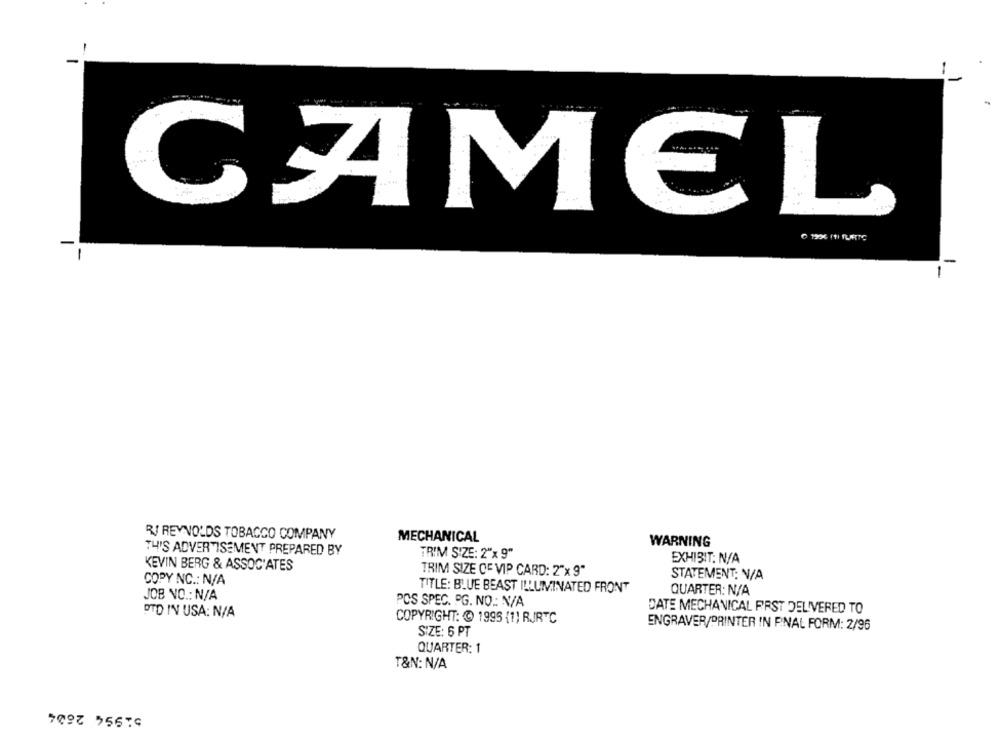
CAMEL
1936 (1) FLIRTC
-
-
R/ REYNOLDS TOBACCO COMPANY
MECHANICAL
WARNING
THIS ADVERTISEMENT PREPARED BY
TRIM SIZE: 2"x 9"
EXHIBIT: N/A
KEVIN BERG & ASSOCIATES
TRIM SIZE OF VIP CARD: 2"x 9"
STATEMENT: N/A
COPY NC .: N/A
TITLE: BLUE BEAST ILLUMINATED FRONT
QUARTER: N/A
JOB NO .: N/A
POS SPEC. PG. NO .: N/A
DATE MECHANICAL FAST DELIVERED TO
DTD IN USA: N/A
COPYRIGHT: @ 1995 {1} RJRC
ENGRAVER/PRINTER IN PNAL FORM: 2/96
SIZE: 6 PT
QUARTER: 1
T&N: N/A
51994 2634